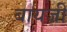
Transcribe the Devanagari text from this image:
बायजी